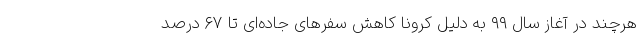
هرچند در آغاز سال ۹۹ به دلیل کرونا کاهش سفرهای جاده‌ای تا ۶۷ درصد